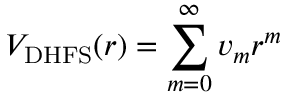
V _ { \mathrm { D H F S } } ( r ) = \sum _ { m = 0 } ^ { \infty } v _ { m } r ^ { m }